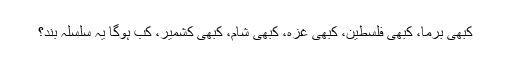
کبھی برما، کبھی فلسطین، کبھی غزہ، کبھی شام، کبھی کشمیر، کب ہوگا یہ سلسلہ بند؟